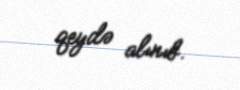
qeydə alınıb.